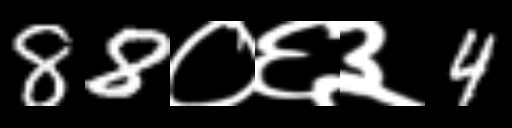
Text: 88०६३4